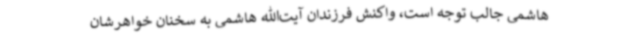
هاشمی جالب توجه است، واکنش فرزندان آیت‌الله هاشمی به سخنان خواهرشان